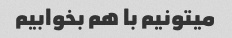
میتونیم با هم بخوابیم